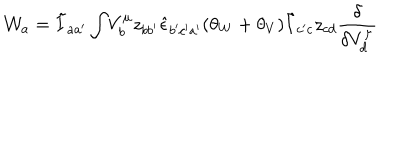
LaTeX: { \cal W } _ { a } = \tilde { I } _ { a a ^ { \prime } } \int \! V _ { b } ^ { \mu } z _ { b b ^ { \prime } } \hat { \epsilon } _ { b ^ { \prime } c ^ { \prime } a ^ { \prime } } ( \theta _ { W } + \theta _ { V } ) \tilde { I } _ { c ^ { \prime } c } z _ { c d } \frac { \delta } { \delta V _ { d } ^ { \mu } }